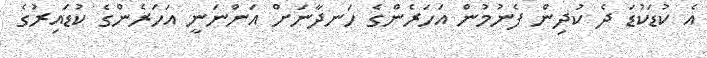
އެ ކުޑަކުޑަ ދެ ކުދިން ފެނުމުން އަހަރެންގެ ހަނދާނަށް އަންނަނީ އަހަރެންގެ ކުޑައިރުގެ